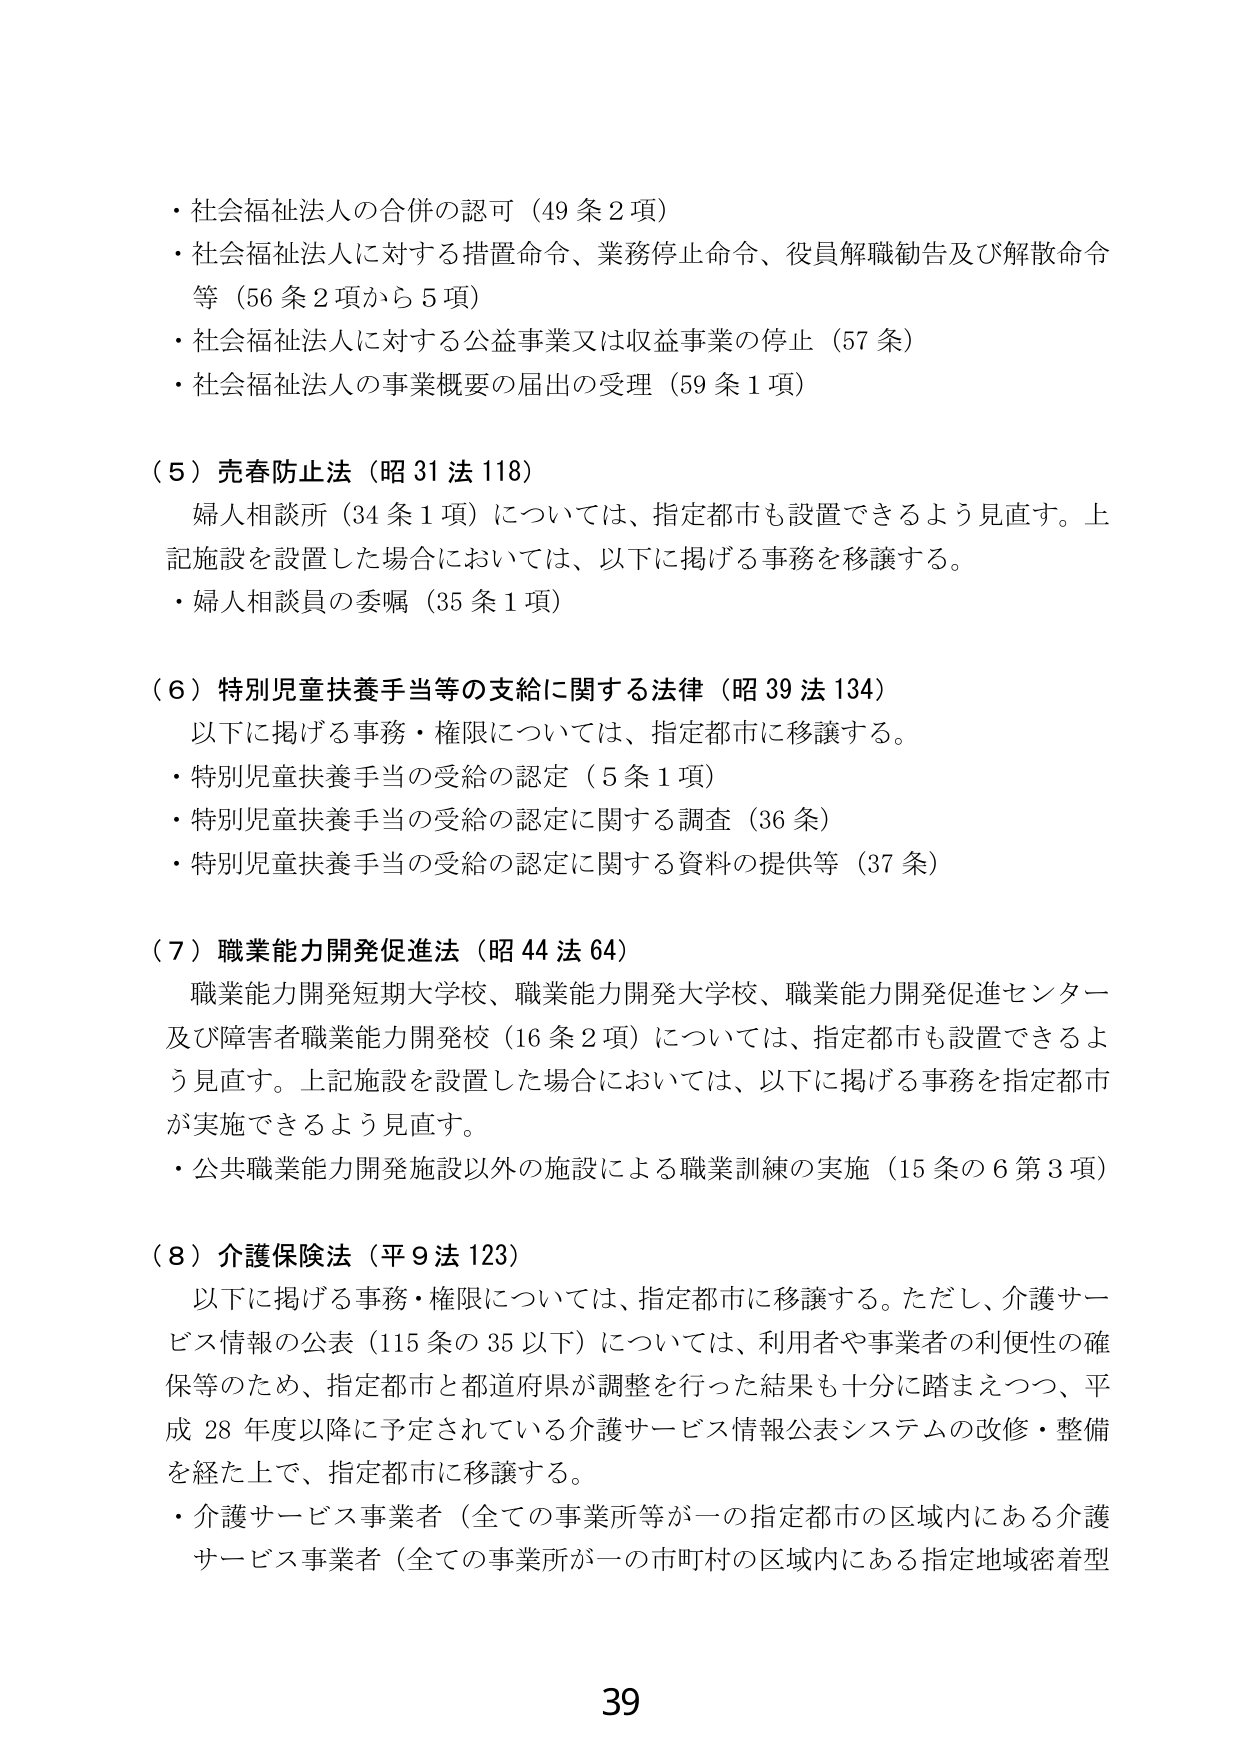
・社会福祉法人の合併の認可（49条2項）
・社会福祉法人に対する措置命令、業務停止命令、役員解職勧告及び解散命令等（56条2項から5項）
・社会福祉法人に対する公益事業又は収益事業の停止（57条）
・社会福祉法人の事業概要の届出の受理（59条1項）

（5）売春防止法（昭31法118）
　婦人相談所（34条1項）については、指定都市も設置できるよう見直す。上記施設を設置した場合においては、以下に掲げる事務を移譲する。
　・婦人相談員の委嘱（35条1項）

（6）特別児童扶養手当等の支給に関する法律（昭39法134）
　以下に掲げる事務・権限については、指定都市に移譲する。
　・特別児童扶養手当の受給の認定（5条1項）
　・特別児童扶養手当の受給の認定に関する調査（36条）
　・特別児童扶養手当の受給の認定に関する資料の提供等（37条）

（7）職業能力開発促進法（昭44法64）
　職業能力開発短期大学校、職業能力開発大学校、職業能力開発促進センター及び障害者職業能力開発校（16条2項）については、指定都市も設置できるよう見直す。上記施設を設置した場合においては、以下に掲げる事務を指定都市が実施できるよう見直す。
　・公共職業能力開発施設以外の施設による職業訓練の実施（15条の6第3項）

（8）介護保険法（平9法123）
　以下に掲げる事務・権限については、指定都市に移譲する。ただし、介護サービス情報の公表（115条の35以下）については、利用者や事業者の利便性の確保等のため、指定都市と都道府県が調整を行った結果も十分に踏まえつつ、平成28年度以降に予定されている介護サービス情報公表システムの改修・整備を経た上で、指定都市に移譲する。
　・介護サービス事業者（全ての事業所等が一の指定都市の区域内にある介護サービス事業者（全ての事業所が一の市町村の区域内にある指定地域密着型

39